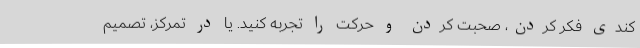
کندی فکر کردن، صحبت کردن و حرکت را تجربه کنید. یا در تمرکز، تصمیم